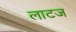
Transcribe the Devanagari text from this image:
लाटज